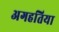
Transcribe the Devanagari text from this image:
अगहतिया